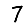
Digit: 7